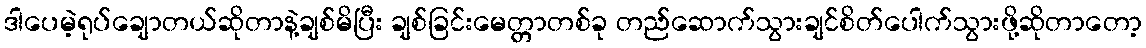
ဒါပေမဲ့ရုပ်ချောတယ်ဆိုတာနဲ့ချစ်မိပြီး ချစ်ခြင်းမေတ္တာတစ်ခု တည်ဆောက်သွားချင်စိတ်ပေါက်သွားဖို့ဆိုတာတော့